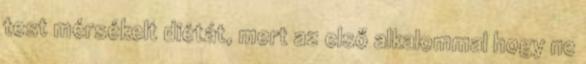
test mérsékelt diétát, mert az első alkalommal hogy ne